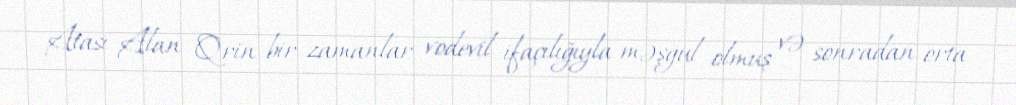
Atası Alan Qrin bir zamanlar vodevil ifaçılığıyla məşğul olmuş və sonradan orta